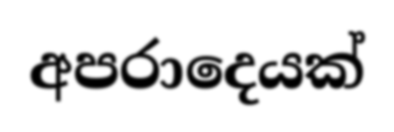
අපරාදෙයක්